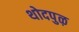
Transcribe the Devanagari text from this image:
थोदपुऴ